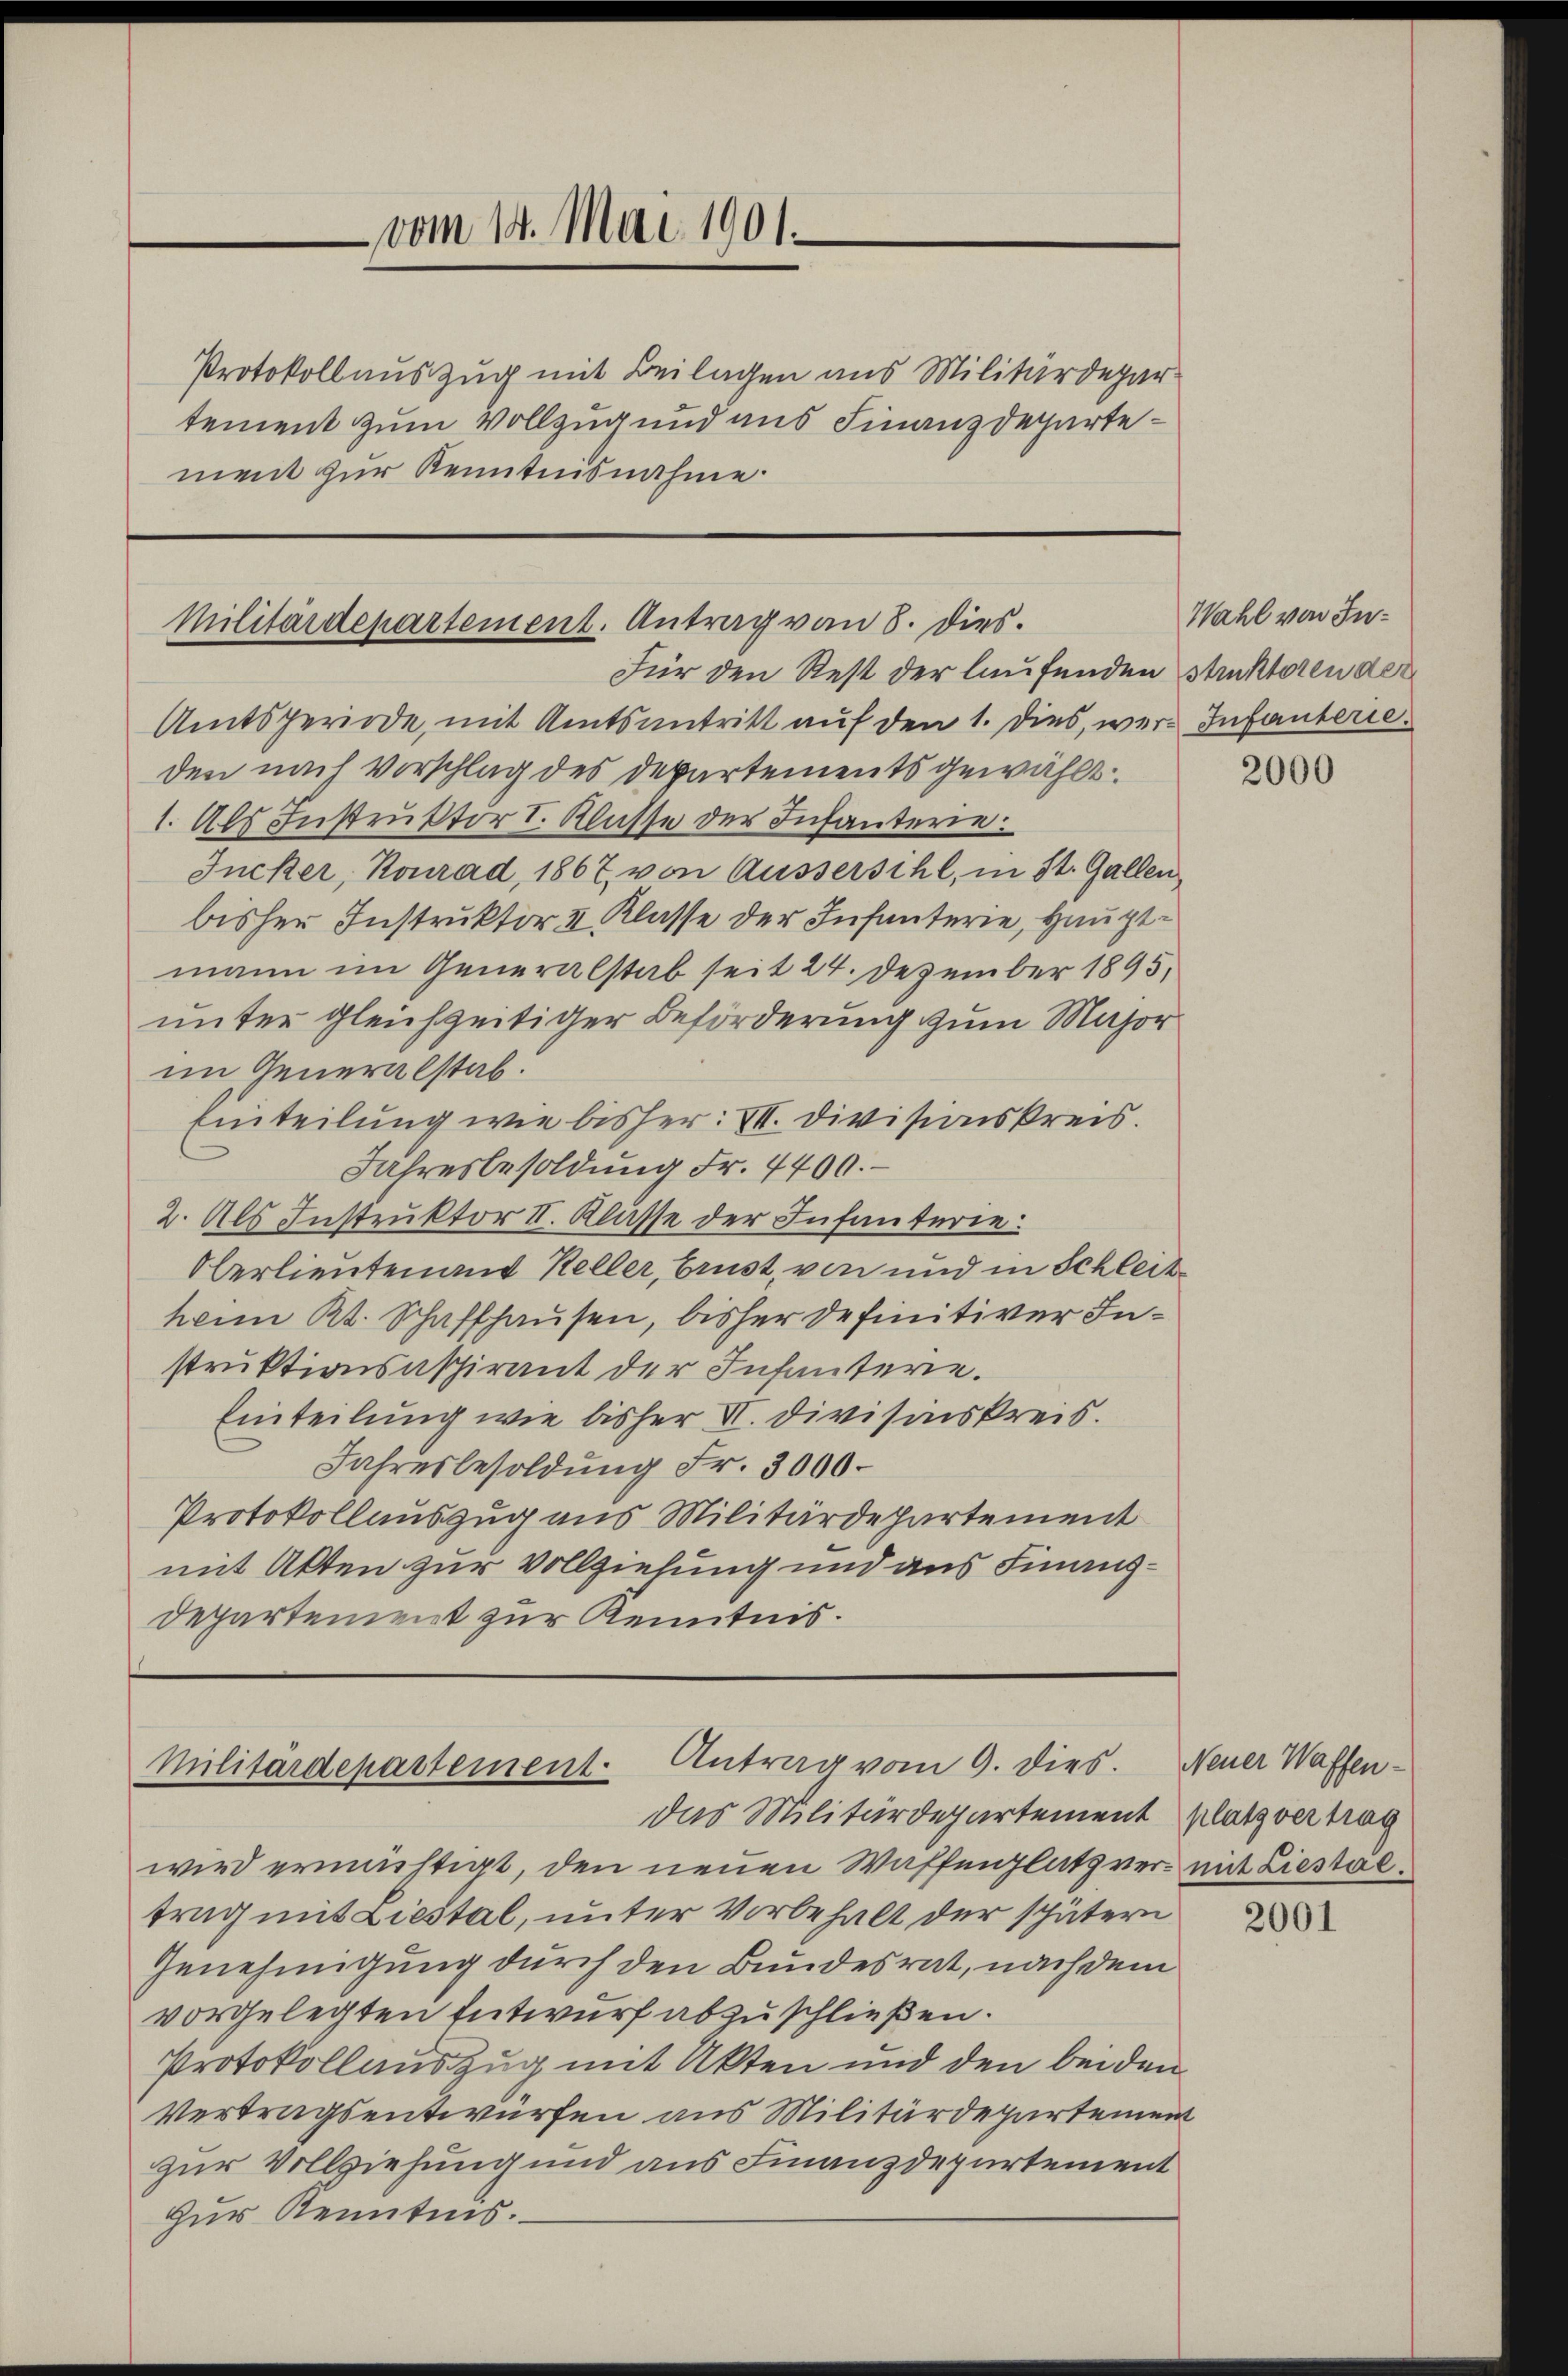
Protokoll auszug mit Beilagen aus Militärdepartement zum Vollzug und aus Finanzdepartement zur Kenntnisnahme.

vom 14. Mai 1901.

Militärdepartement. Antrag von 8. dies.
Für den Rest der laufenden struktoren der

Militärdepartement. Antrag vom 9. dies.

Amtsperiode, mit Amtsantritt auf den 1. dies, wer-Infanterie
den nach Vorschlag des Departements gewählt.
1. Als Instruktor I. Klasse der Infanterie:
Jucker, Konrad, 1867 von Äussersihl, in St. Gallen,
bisher Instruktor II Klasse der Infanterie, Hauptmann im Generalstab seit 24. Dezember 1895,
unter gleichzeitiger Beförderung zum Major
im Generalstab.
Einteilung wie bisher: VII. Divisionskreis.
Jahresbesoldung Fr. 4400.
2. Als Instruktor II. Klasse der Infanterie:
Oberlieutenand Keller, Brust, von und in Schleithann Kt. Schaffhausen, bisher definitiver Instruktionsaspirant der Infanterie.
Einteilung wie bisher VI. Divisinskreis.
Jahresbesoldung Fr. 3000.
Protokollauszug aus Militärdepartement
mit Akten zur Vollziehung und aus Finanz¬
Departement zur Kenntnis.

das Militärdepartement platz vertrag
wird ermächtigt, den neuen Waffenplatz vers mit Liestaltrag mit Liestal, unter Vorbehalt der spätern
Genehmigung durch den Bundesrat, nach dem
vorgelegten Entwurf abzuschließen.
Protokollauszug mit Akten und den beiden
Vertragsentwürfen aus Militärdepartement
zur Vollziehung und aus Finanzdepartement
Zur Kenntnis.

Wahl von In¬

2000

Neuer Waffen¬

2001